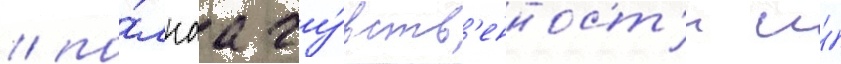
/ по́лнаа чу́вств'енност'и и́